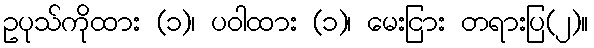
ဥပုသ်ကိုထား (၁)၊ ပဝါထား (၁)၊ မေးငြား တရားပြ(၂)။